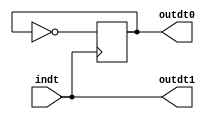
module time_create(indt,outdt0,outdt1);
	//A14
	input indt;
	output reg outdt0;
	output outdt1;
	
	assign outdt1 = indt;

	always @ (posedge indt)
		outdt0 <= ~outdt0;
	
	initial outdt0 <= 0;

endmodule